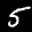
Label: 5